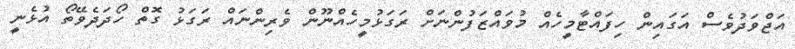
އަޖްވަދުވެސް އަގައިން ހިފައްޓާމީހެއް މުވައްޒަފުންނަށް ރަގަޅުމީހެއްނޫން ވެރިންނައް ރަގަޅު ގޮތް ހޯދަދެވޭތޯ އުޅެނީ